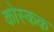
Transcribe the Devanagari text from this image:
कोस्कक